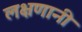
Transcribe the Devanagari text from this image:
लक्षणानी